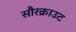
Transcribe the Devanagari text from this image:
सौरक्राउट